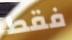
فقط